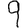
Digit: 9